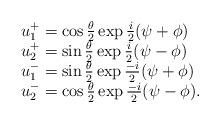
LaTeX: \begin{align*}\begin{array}{lcr}u^+_1=\cos{\theta\over2} \exp{i\over2}(\psi+\phi)\\u^+_2=\sin{\theta\over2} \exp{i\over2}(\psi-\phi)\\u^-_1=\sin{\theta\over2} \exp{-i\over2}(\psi+\phi)\\u^-_2=\cos{\theta\over2} \exp{-i\over2}(\psi-\phi).\end{array}\end{align*}